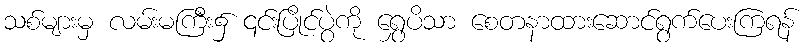
သစ်များမှ လမ်းမကြီး၌ ၎င်းပြိုင်ပွဲကို ရွှေပိသာ စေတနာထားဆောင်ရွက်ပေးကြရန်